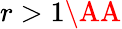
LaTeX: r>1\AA